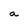
Character: a